Annual returns of the Patna Lunatic Asylum at Bankipore in Bihar and Orissa - 1912-1924
Year: 1912
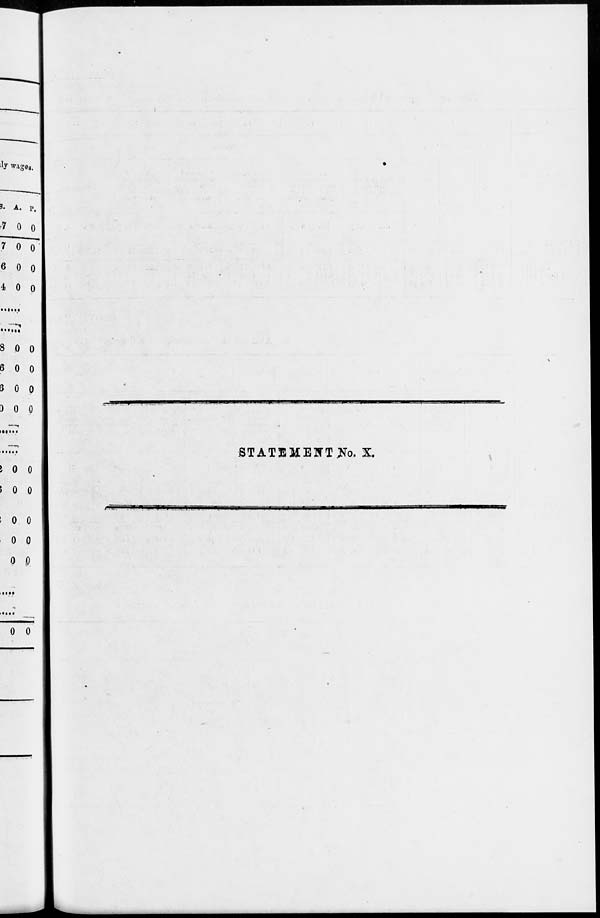
STATEMENT No. X.